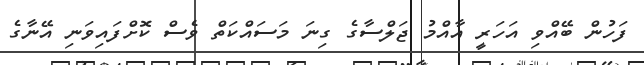
ފަހުން ބޭއްވި އަހަރީ އާއްމު ޖަލްސާގެ ގިނަ މަސައްކަތް ވެސް ކޮށްފައިވަނި އޭނާގެ